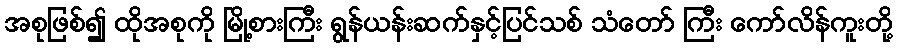
အစုဖြစ်၍ ထိုအစုကို မြို့စားကြီး ရွန်ယန်းဆက်နှင့်ပြင်သစ် သံတော် ကြီး ကော်လိန်ကူးတို့